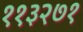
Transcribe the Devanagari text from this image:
११३२७१